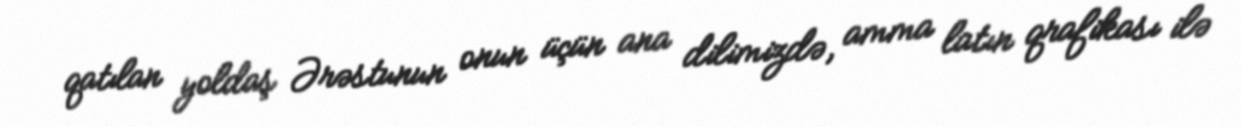
qatılan yoldaş Ərəstunun onun üçün ana dilimizdə, amma latın qrafikası ilə